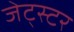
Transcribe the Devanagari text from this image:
जेट्स्टर